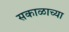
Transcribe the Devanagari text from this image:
सकाळाच्या